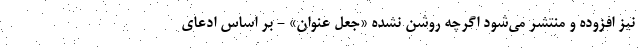
نیز افزوده و منتشر می‌شود اگرچه روشن نشده «جعل عنوان» - بر اساس ادعای